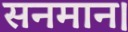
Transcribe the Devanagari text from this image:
सनमान।